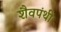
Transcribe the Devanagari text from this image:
शैवपंथी